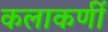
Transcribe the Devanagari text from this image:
कलाकर्णी